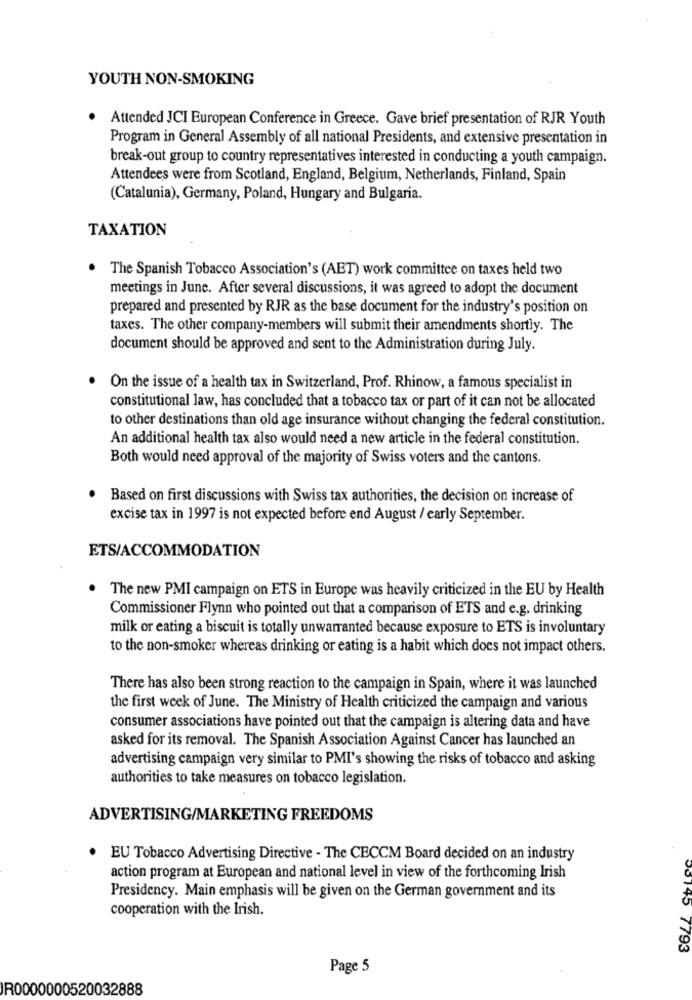
YOUTH NON-SMOKING
· Attended JCI European Conference in Greece. Gave brief presentation of RJR Youth
Program in General Assembly of all national Presidents, and extensive presentation in
break-out group to country representatives interested in conducting a youth campaign.
Attendees were from Scotland, England, Belgium, Netherlands, Finland, Spain
(Catalunia), Germany, Poland, Hungary and Bulgaria.
TAXATION
The Spanish Tobacco Association's (AET) work committee on taxes held two
meetings in June. After several discussions, it was agreed to adopt the document
prepared and presented by RJR as the base document for the industry's position on
taxes. The other company-members will submit their amendments shortly. The
document should be approved and sent to the Administration during July.
On the issue of a health tax in Switzerland, Prof. Rhinow, a famous specialist in
constitutional law, has concluded that a tobacco tax or part of it can not be allocated
to other destinations than old age insurance without changing the federal constitution.
An additional health tax also would need a new article in the federal constitution.
Both would need approval of the majority of Swiss voters and the cantons.
. Based on first discussions with Swiss tax authorities, the decision on increase of
excise tax in 1997 is not expected before end August / early September.
ETS/ACCOMMODATION
.
The new PMI campaign on ETS in Europe was heavily criticized in the EU by Health
Commissioner Flynn who pointed out that a comparison of ETS and e.g. drinking
milk or eating a biscuit is totally unwarranted because exposure to ETS is involuntary
to the non-smoker whereas drinking or eating is a habit which does not impact others.
There has also been strong reaction to the campaign in Spain, where it was launched
the first week of June. The Ministry of Health criticized the campaign and various
consumer associations have pointed out that the campaign is altering data and have
asked for its removal. The Spanish Association Against Cancer has launched an
advertising campaign very similar to PMI's showing the risks of tobacco and asking
authorities to take measures on tobacco legislation.
ADVERTISING/MARKETING FREEDOMS
. EU Tobacco Advertising Directive - The CECCM Board decided on an industry
action program at European and national level in view of the forthcoming Irish
Presidency. Main emphasis will be given on the German government and its
cooperation with the Irish.
00145 7793
Page 5
IR0000000520032888